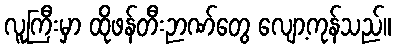
လူကြီးမှာ ထိုဖန်တီးဉာဏ်တွေ လျော့ကုန်သည်။